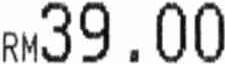
RM39.00